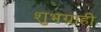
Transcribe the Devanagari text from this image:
शुभग्राही